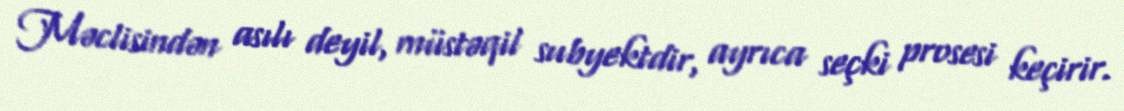
Məclisindən asılı deyil, müstəqil subyektdir, ayrıca seçki prosesi keçirir.